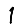
Digit: 1